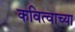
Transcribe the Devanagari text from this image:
कवित्वाच्या